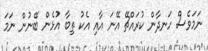
ނަމަވެސް ހަނދާން ކުރައްޗޭ އޭނަ އާއި އެކު ތިބާ އުޅެން ބޭނުން ނަމަ